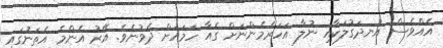
އެއްވެސް އުނދަގުލަކާއި ނުލާ އަހަރެމެންނަށް ގެއާ ހަމައަށް ދެވުނެވެ. އޭރު އެންމެ އެތަނުގައި